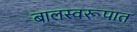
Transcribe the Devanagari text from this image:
बालस्वरूपात